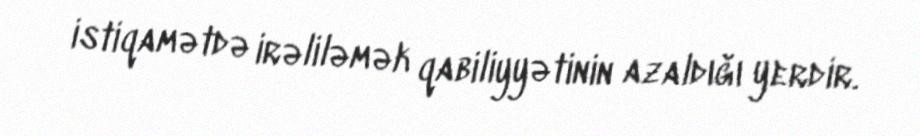
istiqamətdə irəliləmək qabiliyyətinin azaldığı yerdir.